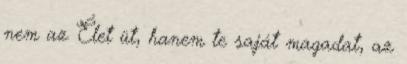
nem az Élet üt, hanem te saját magadat, az